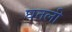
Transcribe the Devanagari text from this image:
घतली